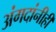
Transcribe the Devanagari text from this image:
अंगदांनीही